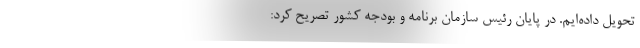
تحویل داده‌ایم. در پایان رئیس سازمان برنامه و بودجه کشور تصریح کرد: